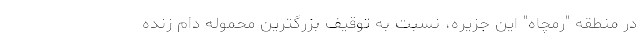
در منطقه "رمچاه" این جزیره، نسبت به توقیف بزرگترین محموله دام زنده